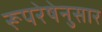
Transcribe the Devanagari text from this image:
रूपरेषेनुसार